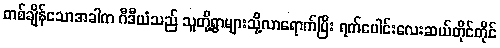
တစ်ချိန်သောအခါက ဂီဒီယံသည် သူတို့ရွာများသို့လာရောက်ပြီး ရက်ပေါင်းလေးဆယ်တိုင်တိုင်